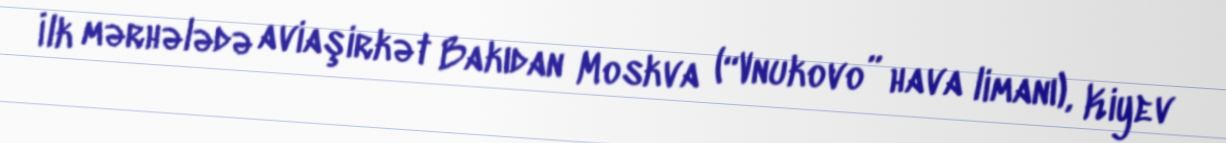
İlk mərhələdə aviaşirkət Bakıdan Moskva (“Vnukovo” hava limanı), Kiyev